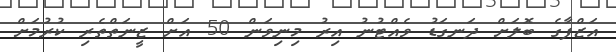
އަޒްފާގެ ބޮލަށް ދަނގަޑު ވެއްޓުނު އިރު މިނިވަން 50 އަށް ޒީނަތްތެރި ކުރުމަށް